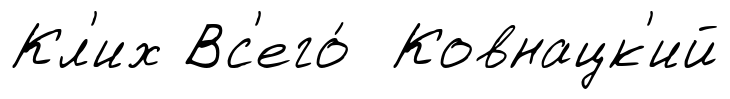
Кл'их Вс'его́ Ковнацк'ий